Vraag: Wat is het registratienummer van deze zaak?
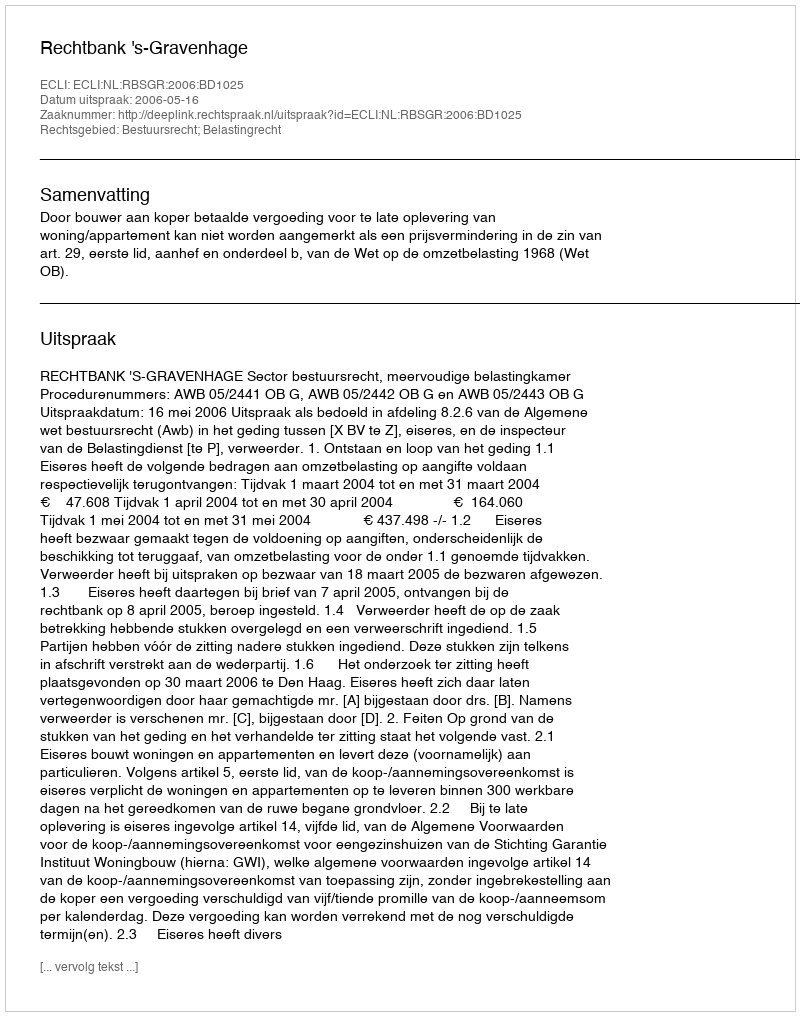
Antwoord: http://deeplink.rechtspraak.nl/uitspraak?id=ECLI:NL:RBSGR:2006:BD1025